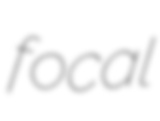
focal